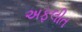
અફલીત